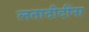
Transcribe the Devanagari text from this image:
लतादीदींना